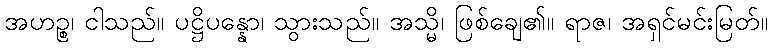
အဟဉ္စ၊ ငါသည်။ ပဋ္ဌိပန္နော၊ သွားသည်။ အသ္မိ၊ ဖြစ်ချေ၏။ ရာဇ၊ အရှင်မင်းမြတ်။